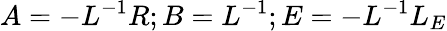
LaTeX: A=-L^{-1}R;B=L^{-1};E=-L^{-1}L_{E}